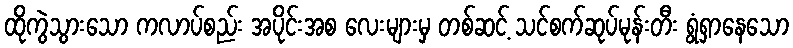
ထိုကွဲသွားသော ကလာပ်စည်း အပိုင်းအစ လေးများမှ တစ်ဆင့် သင်စက်ဆုပ်မုန်းတီး ရွံရှာနေသော